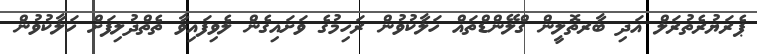
ޕެރަޔުރެތުރަލް އަދި ބާރތޮލީން ގްލޭންޑްތައް ހަލާކުވުން ރަހިމުގެ ވަށައިގެން ލެވިފައިވާ ތެތްދުލިފަށް ހަލާކުވުން